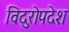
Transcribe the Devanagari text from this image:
विदुरोपदेश